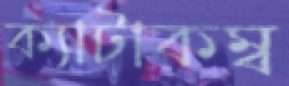
ক্যাটাকম্ব